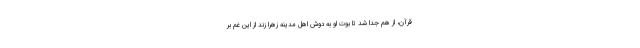
قرآن، از هم جدا شد تا بوت او به دوش اهل مدینه زهرا زند از این غم بر